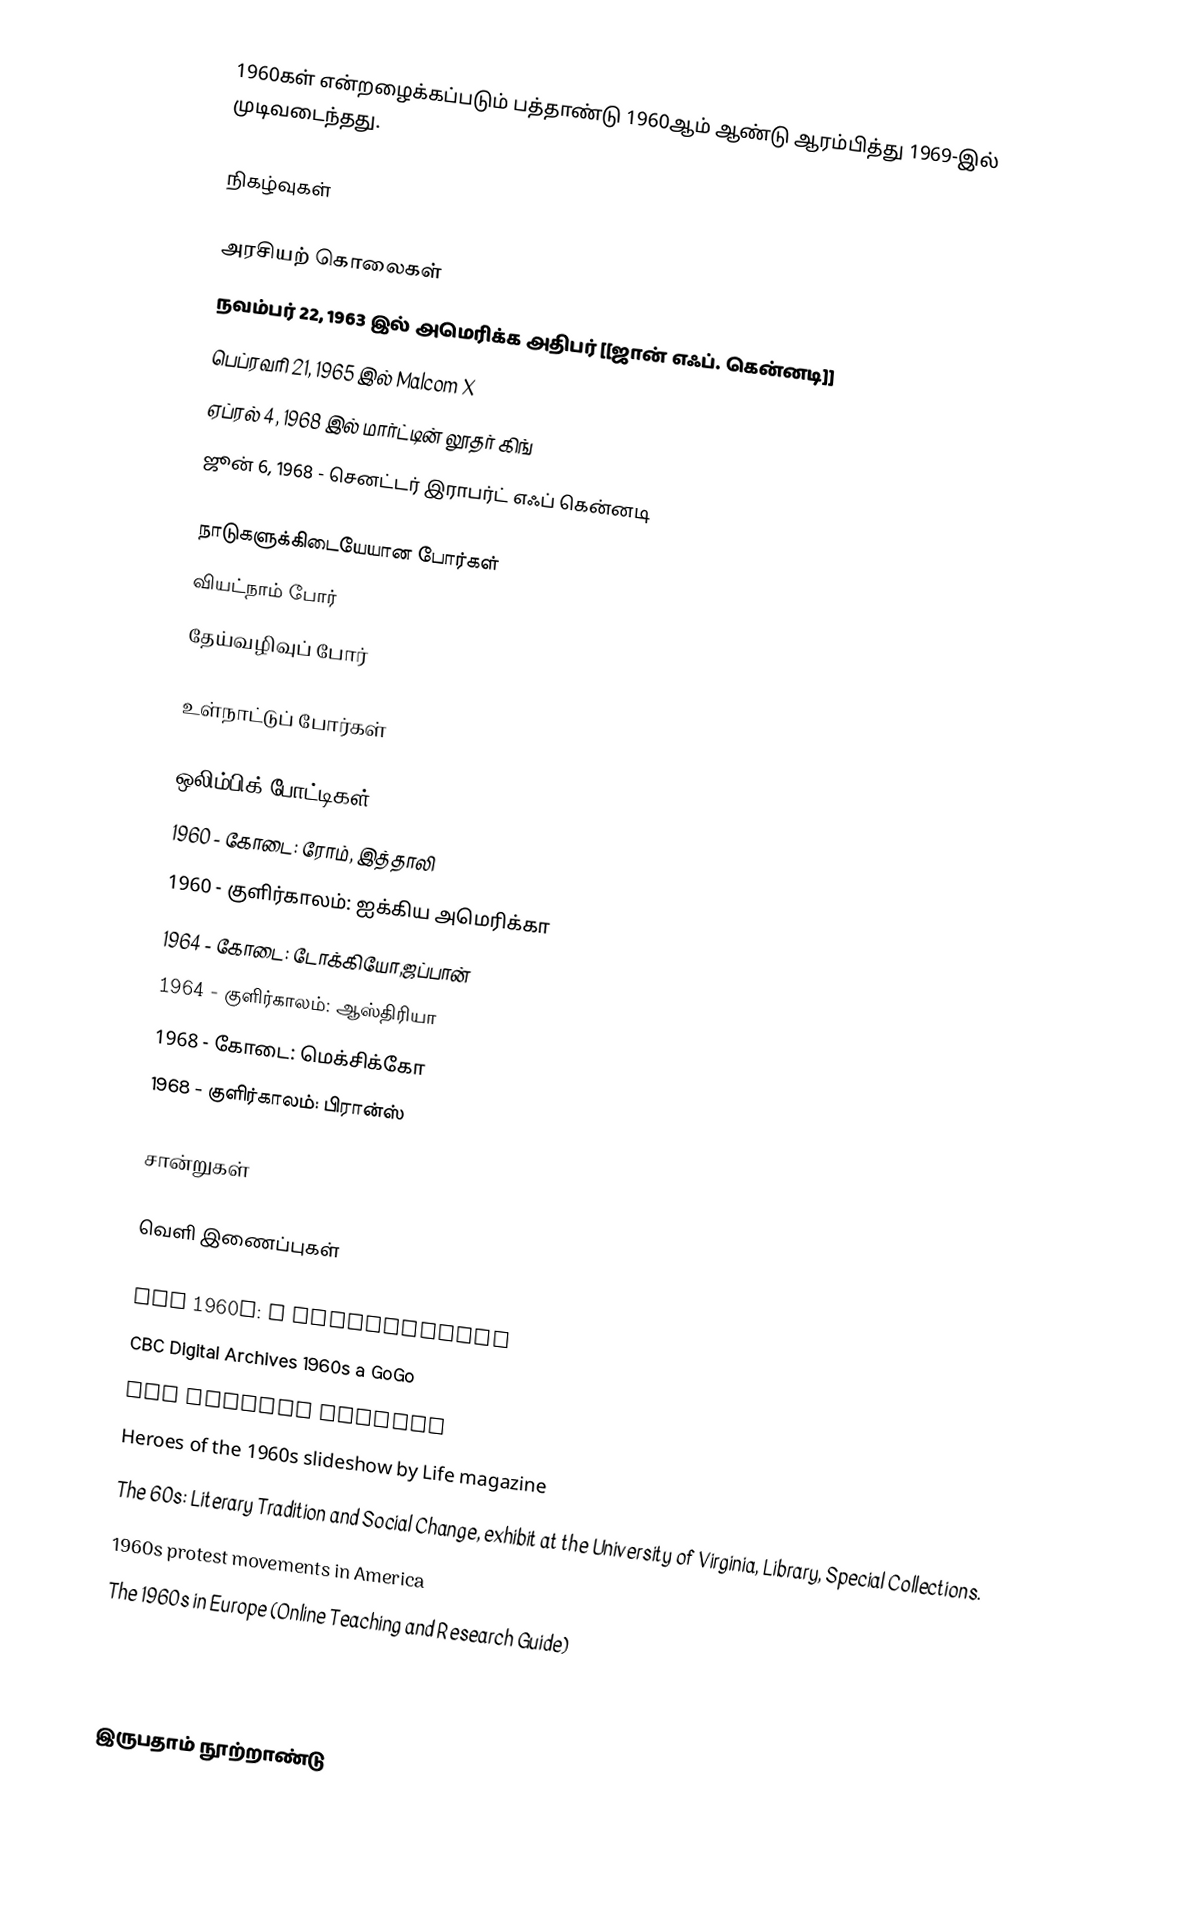
1960கள் என்றழைக்கப்படும் பத்தாண்டு 1960ஆம் ஆண்டு ஆரம்பித்து 1969-இல் முடிவடைந்தது.

நிகழ்வுகள்

அரசியற் கொலைகள்
 நவம்பர் 22, 1963 இல் அமெரிக்க அதிபர் [[ஜான் எஃப். கென்னடி]]
 பெப்ரவரி 21, 1965 இல் Malcom X
 ஏப்ரல் 4, 1968 இல் மார்ட்டின் லூதர் கிங்
 ஜூன் 6, 1968 - செனட்டர் இராபர்ட் எஃப் கென்னடி

நாடுகளுக்கிடையேயான போர்கள்
 வியட்நாம் போர்
 தேய்வழிவுப் போர்

உள்நாட்டுப் போர்கள்

ஒலிம்பிக் போட்டிகள்
 1960 - கோடை: ரோம், இத்தாலி
 1960 - குளிர்காலம்: ஐக்கிய அமெரிக்கா
 1964 - கோடை: டோக்கியோ,ஜப்பான்
 1964 - குளிர்காலம்: ஆஸ்திரியா
 1968 - கோடை: மெக்சிக்கோ
 1968 - குளிர்காலம்: பிரான்ஸ்

சான்றுகள்

வெளி இணைப்புகள்

 The 1960s: A Bibliography
 CBC Digital Archives 1960s a GoGo
 The Sixties Project
 Heroes of the 1960s slideshow by Life magazine
 The 60s: Literary Tradition and Social Change, exhibit at the University of Virginia, Library, Special Collections.
 1960s protest movements in America
 The 1960s in Europe (Online Teaching and Research Guide)

 The 1960s articles, video, pictures, and facts

இருபதாம் நூற்றாண்டு